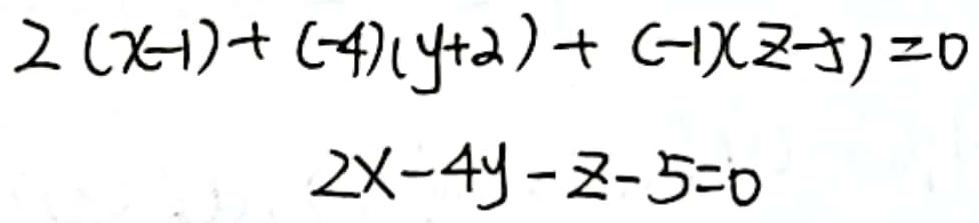
\[
\begin{align*}
2(x - 1)+(-4)(y + 2)+(-1)(z - 5)&=0\\
2x-4y - z-5&=0
\end{align*}
\]